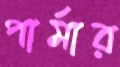
পার্মার